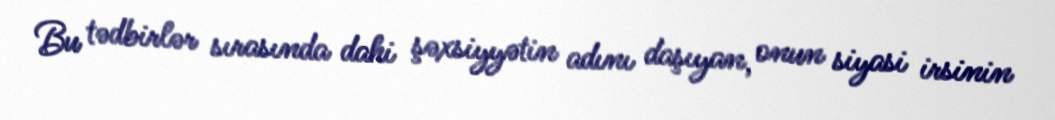
Bu tədbirlər sırasında dahi şəxsiyyətin adını daşıyan, onun siyasi irsinin